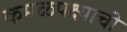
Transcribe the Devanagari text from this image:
कमळपक्ष्याची